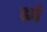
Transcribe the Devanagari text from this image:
ह्यां